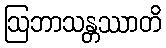
ဩဘာသန္တဿာတိ